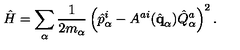
\hat { H } = \sum _ { \alpha } { \frac { 1 } { 2 m _ { \alpha } } } \left( \hat { p } _ { \alpha } ^ { i } - A ^ { a i } ( \hat { \bf q } _ { \alpha } ) \hat { Q } _ { \alpha } ^ { a } \right) ^ { 2 } .